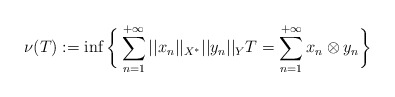
\begin{align*} \nu(T) := \inf \bigg\{\sum_{n=1}^{+\infty}||x_n||_{X^*}||y_n||_Y T = \sum_{n=1}^{+\infty}x_n\otimes y_n\bigg\}\end{align*}